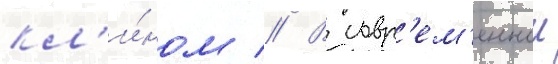
кл'и́ном // В совр'ем'еннои